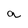
Character: a